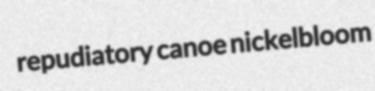
repudiatory canoe nickelbloom